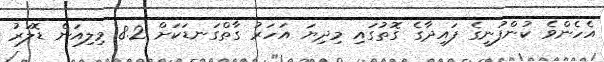
އެހެންވެ ކުންފުނީގެ ފައިދާގެ ގޮތުގައި މިދިޔަ އަހަރު ގާތްގަނޑަކަށް 8.2 މިލިއަން ޑޮލަރު